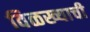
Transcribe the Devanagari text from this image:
विळख्याची